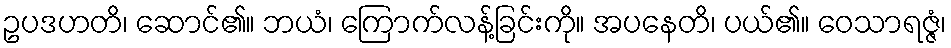
ဥပဒဟတိ၊ ဆောင်၏။ ဘယံ၊ ကြောက်လန့်ခြင်းကို။ အပနေတိ၊ ပယ်၏။ ဝေသာရဇ္ဇံ၊